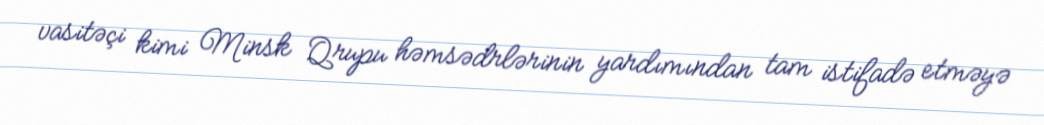
vasitəçi kimi Minsk Qrupu həmsədrlərinin yardımından tam istifadə etməyə